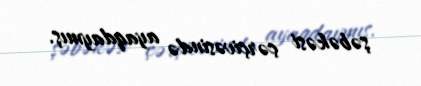
şəbəkəsi çərçivəsində ayaqdaymış.